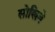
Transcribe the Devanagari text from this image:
सोखिबे